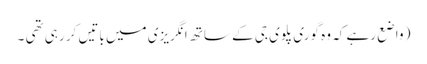
( واضع رہے کہ وہ گوری پلوی جی کے ساتھ انگریزی میں باتیں کر رہی تھی ۔